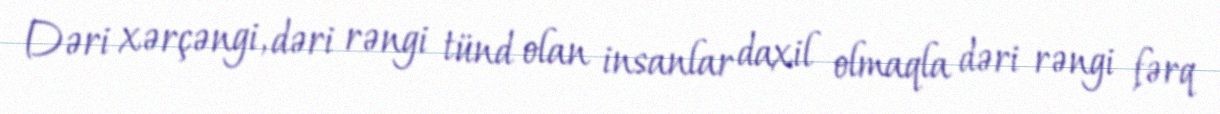
Dəri xərçəngi, dəri rəngi tünd olan insanlar daxil olmaqla dəri rəngi fərq